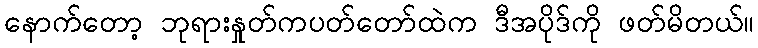
နောက်တော့ ဘုရားနှုတ်ကပတ်တော်ထဲက ဒီအပိုဒ်ကို ဖတ်မိတယ်။